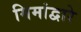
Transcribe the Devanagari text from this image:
मिमांद्वारे